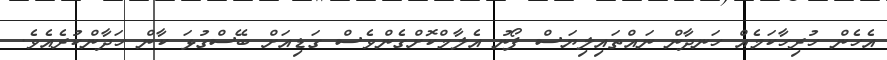
އެހެން ހުރިހާކަމެއް ހަނދާން ނައްތައިލިޔަސް ފޯނު އެލާމްކޮށްގެންވެސް ގަޑިއަށް ބޭސްގުޅަ ކާން ހަދާންކުރެއެވެ.